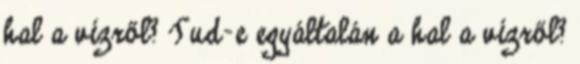
hal a vízről? Tud-e egyáltalán a hal a vízről?